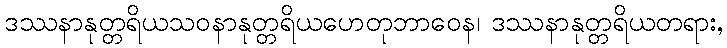
ဒဿနာနုတ္တရိယသဝနာနုတ္တရိယဟေတုဘာဝေန၊ ဒဿနာနုတ္တရိယတရား,